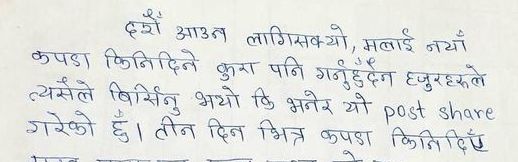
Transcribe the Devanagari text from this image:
दशैं आउन लागिसक्यो, मलाई नयाँ
कपडा किनिदिने कुरा पनि गर्नुहुँदैन हजुरहरूले
त्यसैले बिर्सिनु भयो कि भनेर यो post share
गरेको छु। तीन दिन भित्र कपडा किनिदिनु
हाम्रो